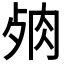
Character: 𦚛